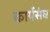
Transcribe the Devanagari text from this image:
कार्यसंघ